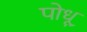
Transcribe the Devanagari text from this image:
पोधू